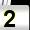
Digit: 2